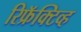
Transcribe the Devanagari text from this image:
रिफ्रॅक्‍टिव्ह